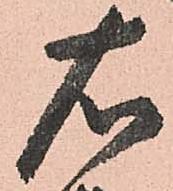
右